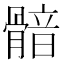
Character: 𩩿